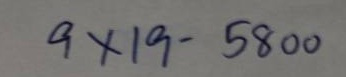
9 x 19 - 5800